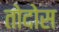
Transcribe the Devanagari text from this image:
तोदोस